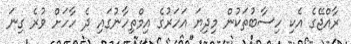
ރާއްޖޭގެ އެކި ހިސާބުތަކުން މިދިޔަ އަހަރުގެ އިމްތިހާނުގައި ދެ ހާހަށް ވުރެ ގިނަ